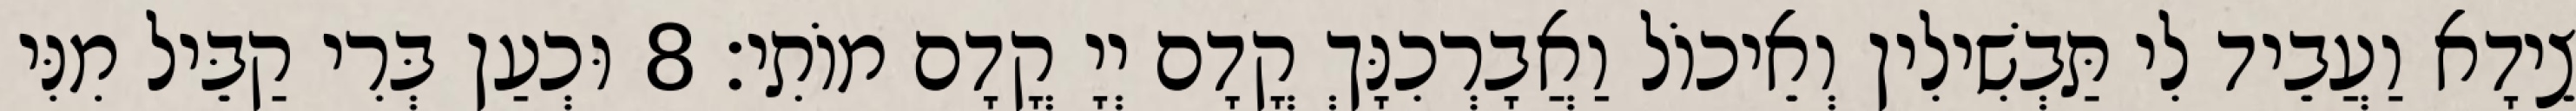
צֵידָא וַעֲבֵיד לִי תַּבְשִׁילִין וְאֵיכוֹל וַאֲבָרְכִנָּךְ קֳדָם יְיָ קֳדָם מוֹתִי׃ 8 וּכְעַן בְּרִי קַבֵּיל מִנִּי